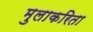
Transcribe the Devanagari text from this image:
मुलाकरिता